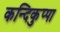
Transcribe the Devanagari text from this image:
कन्दिकुप्पा